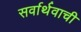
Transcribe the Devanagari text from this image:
सर्वार्थवाची